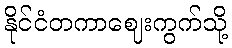
နိုင်ငံတကာဈေးကွက်သို့